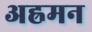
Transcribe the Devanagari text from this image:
अह्रमन